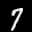
Label: 7